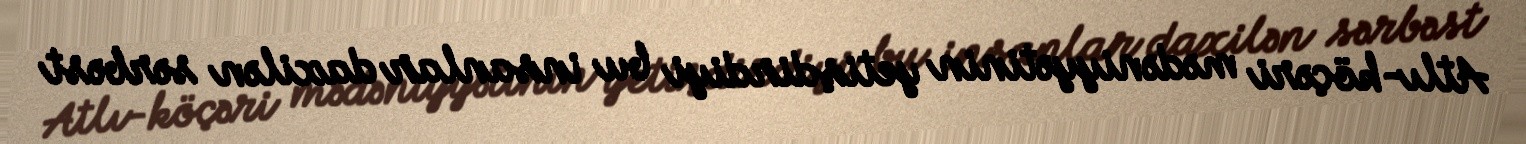
Atlı-köçəri mədəniyyətinin yetişdirdiyi bu insanlar daxilən sərbəst